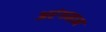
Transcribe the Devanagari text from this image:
अरंगमाम